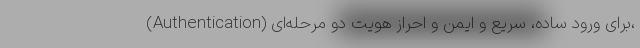
(Authentication) برای ورود ساده، سریع و ایمن و احراز هویت دو مرحله‌ای،